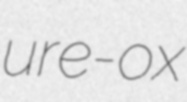
ure-ox